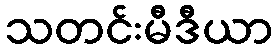
သတင်းမီဒီယာ